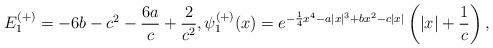
LaTeX: \begin{align*} E_1^{(+)} = - 6b - c^2 - \frac{6a}{c} + \frac{2}{c^2}, \psi_1^{(+)}(x) = e^{- \frac{1}{4} x^4 - a |x|^3 + b x^2 - c |x|} \left(|x| + \frac{1}{c}\right), \end{align*}